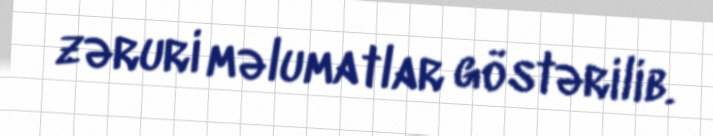
zəruri məlumatlar göstərilib.